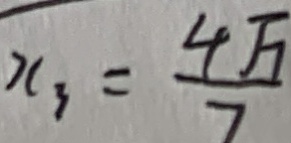
x _ { 3 } = \frac { 4 \sqrt { 7 } } { 7 }